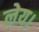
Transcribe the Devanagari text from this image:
लेय।